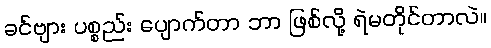
ခင်ဗျား ပစ္စည်း ပျောက်တာ ဘာ ဖြစ်လို့ ရဲမတိုင်တာလဲ။